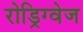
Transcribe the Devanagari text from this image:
रोड्रिग्वेज